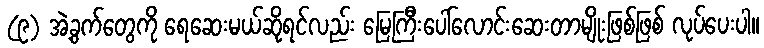
(၉) အဲ့ခွက်တွေကို ရေဆေးမယ်ဆိုရင်လည်း မြေကြီးပေါ်လောင်းဆေးတာမျိုးဖြစ်ဖြစ် လုပ်ပေးပါ။